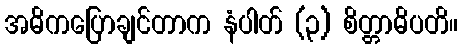
အဓိကပြောချင်တာက နံပါတ် (၃) စိတ္တာဓိပတိ။